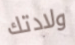
ولادتك